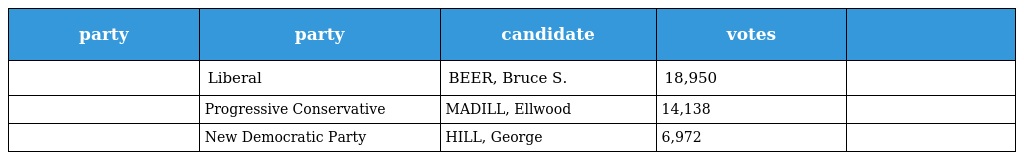
| party | party | candidate | votes |  |
 | --- | --- | --- | --- | --- |
 |  | Liberal | BEER, Bruce S. | 18,950 |  |
 |  | Progressive Conservative | MADILL, Ellwood | 14,138 |  |
 |  | New Democratic Party | HILL, George | 6,972 |  |